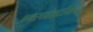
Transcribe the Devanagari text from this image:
अमरकोशटीकेचा